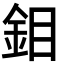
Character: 鉬